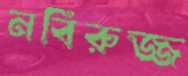
নবিরুজ্জ